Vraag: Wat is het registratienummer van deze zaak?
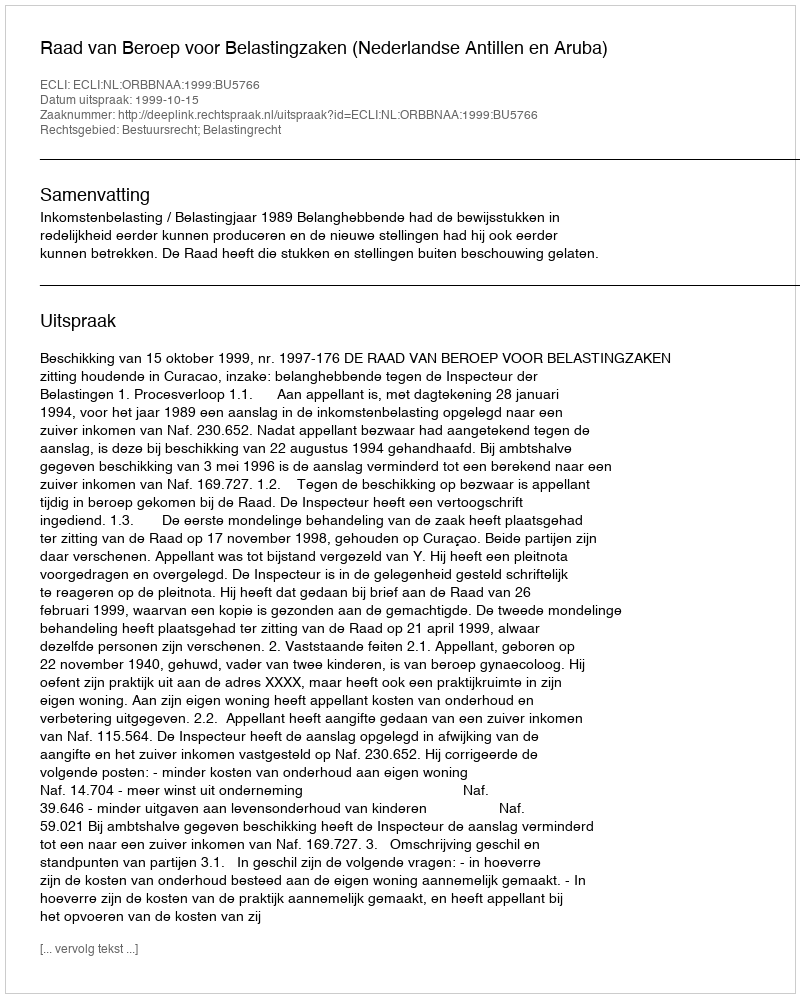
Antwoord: http://deeplink.rechtspraak.nl/uitspraak?id=ECLI:NL:ORBBNAA:1999:BU5766